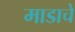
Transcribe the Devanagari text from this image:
माडाचे